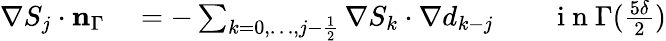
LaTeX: \begin{array}{rl}{\nabla S_{j}\cdot\mathbf{n}_{\Gamma}}&{{}=-\sum_{k=0,\ldots,j-\frac 12}\nabla S_{k}\cdot\nabla d_{k-j}\qquad\mathrm{~i~n~}\Gamma(\frac{5\delta}2)}\end{array}